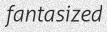
fantasized